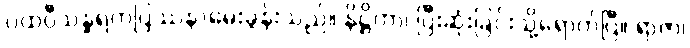
ပထဝီသန္ဓရကပြဿနာမေးခွန်းသည်။ နိဋ္ဌိတာ၊ ပြီးဆုံးခြင်းသို့ရောက်ပြီ။ ရာဇာ၊